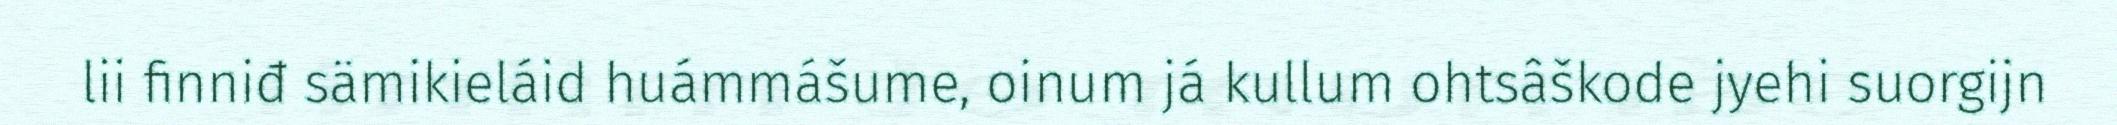
lii finniđ sämikieláid huámmášume, oinum já kullum ohtsâškode jyehi suorgijn